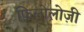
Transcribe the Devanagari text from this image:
फ़िलोलोज़ी